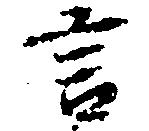
言